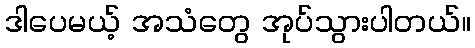
ဒါပေမယ့် အသံတွေ အုပ်သွားပါတယ်။